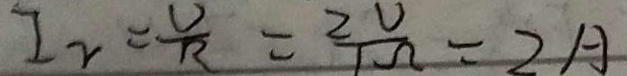
I _ { 2 } = \frac { U } { R } = \frac { 2 V } { 1 \Omega } = 2 A